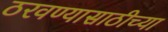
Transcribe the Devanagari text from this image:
ठरवण्यासाठीच्या